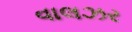
વાલઝર